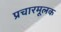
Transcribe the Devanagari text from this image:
प्रचारमूलक